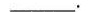
___.